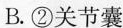
B. ②关节囊